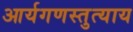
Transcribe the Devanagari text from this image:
आर्यगणस्तुत्याय